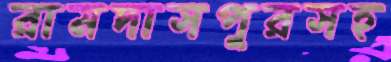
রামদাসপুরসহ